Civil Veterinary Dept. Bombay admin report 1932-41 - 1932-1941
Year: 1932
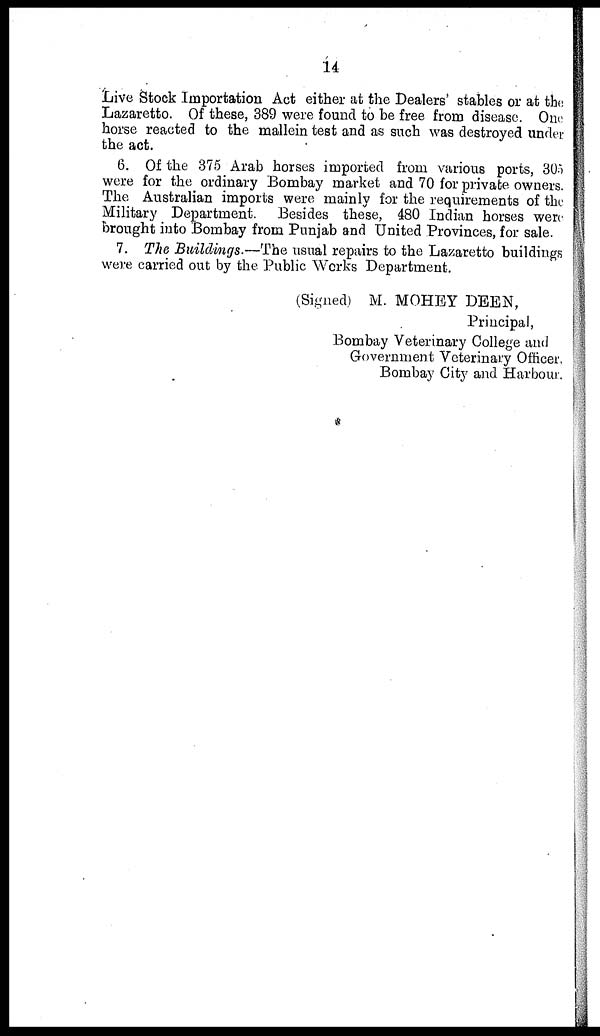
14
Live Stock Importation Act either at the Dealers' stables or at the
Lazaretto. Of these, 389 were found to be free from disease. One
horse reacted to the mallein test and as such was destroyed under
the act.
6. Of the 375 Arab horses imported from various ports, 305
were for the ordinary Bombay market and 70 for private owners.
The Australian imports were mainly for the requirements of the
Military Department. Besides these, 480 Indian horses were
brought into Bombay from Punjab and United Provinces, for sale.
7. The Buildings.—The usual repairs to the Lazaretto buildings
were carried out by the Public Works Department.
(Signed) M. MOHEY DEEN,
Principal,
Bombay Veterinary College and
Government Veterinary Officer,
Bombay City and Harbour.